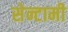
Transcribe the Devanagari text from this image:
सेन्टामी